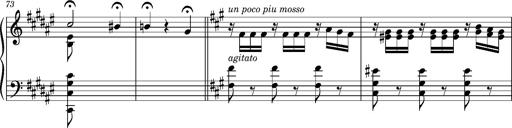
Title: Cavatine de Robert le Diable
Composer: Franz Liszt
Key: F-sharp minor